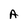
Character: A